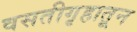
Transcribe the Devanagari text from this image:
वसतीगृहातून